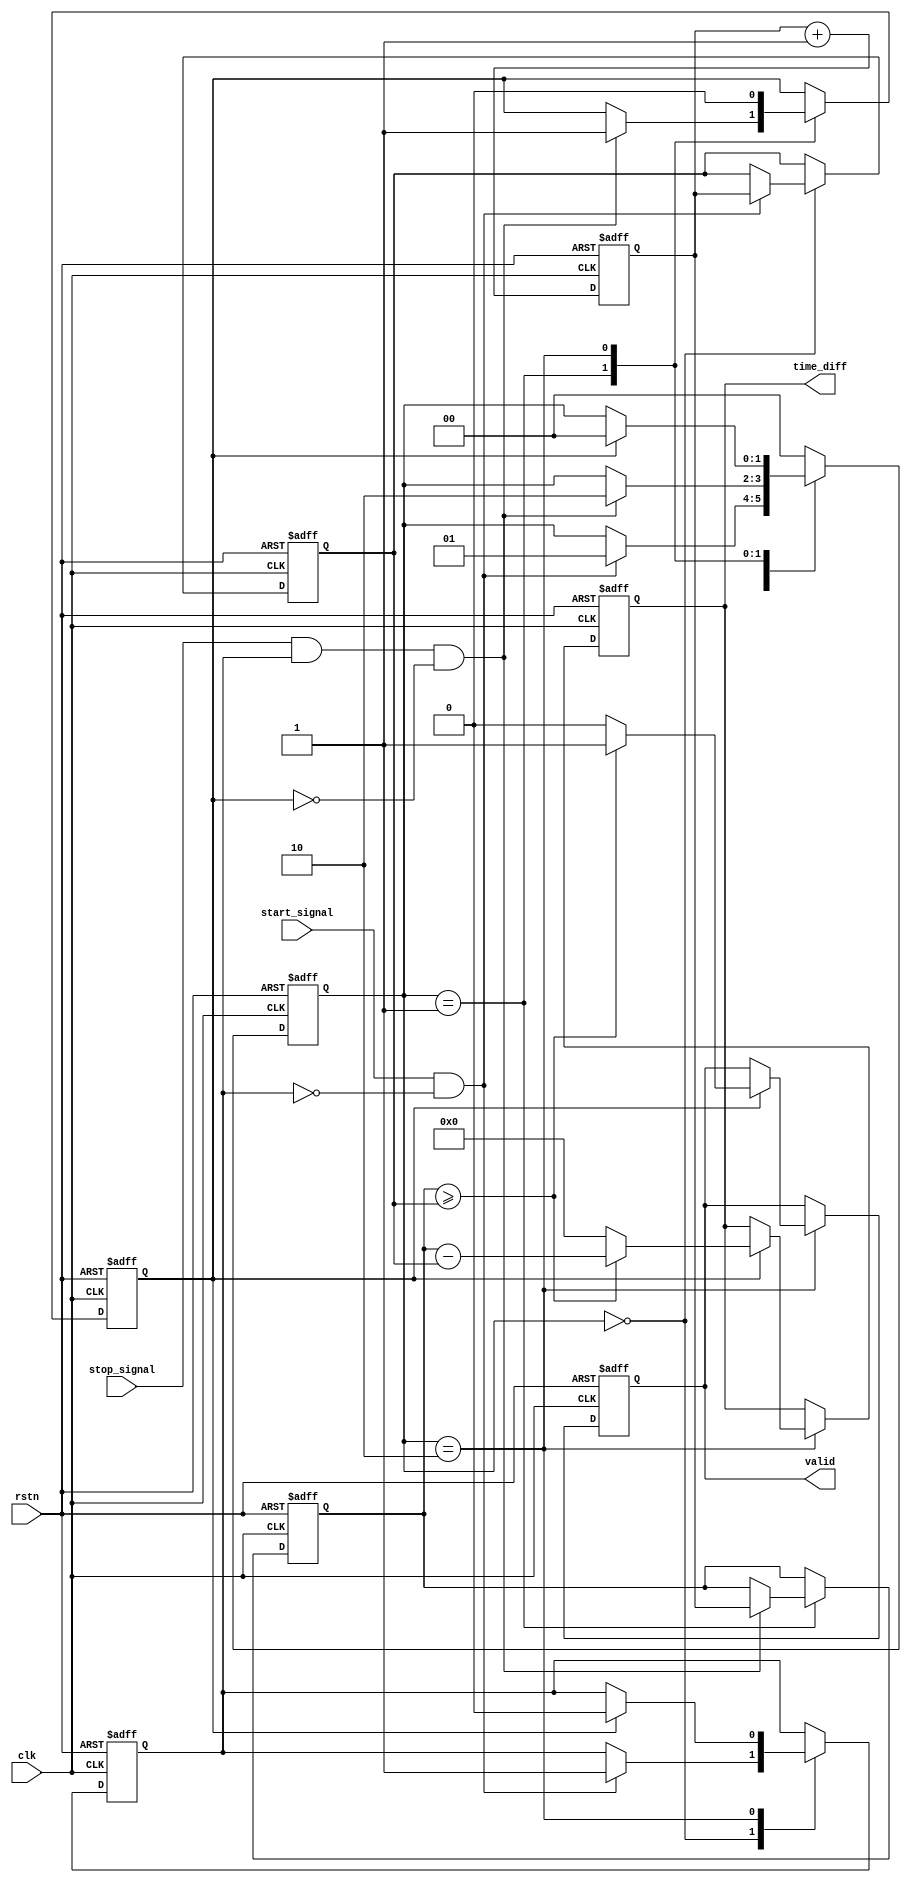
module TDC (
    input wire clk,              // High-frequency clock
    input wire rstn,            // Active low reset
    input wire start_signal,     // Start event signal
    input wire stop_signal,      // Stop event signal
    output reg [31:0] time_diff, // Time difference output
    output reg valid             // Valid output signal
);

// Internal registers
reg [31:0] start_time;          // Timestamp for START
reg [31:0] stop_time;           // Timestamp for STOP
reg start_detected;             // Flag for start detection
reg stop_detected;              // Flag for stop detection
reg [31:0] counter;             // Clock counter

// Event state machine
reg [1:0] state;
localparam IDLE = 2'b00,
           CAPTURE_START = 2'b01,
           CAPTURE_STOP = 2'b10;

// Counter to sample clock
always @(posedge clk or negedge rstn) begin
    if (!rstn) begin
        counter <= 32'b0;
    end else begin
        counter <= counter + 1;
    end
end

// State machine for capturing events
always @(posedge clk or negedge rstn) begin
    if (!rstn) begin
        state <= IDLE;
        valid <= 1'b0;
        time_diff <= 32'b0;
        start_time <= 32'b0;
        stop_time <= 32'b0;
        start_detected <= 1'b0;
        stop_detected <= 1'b0;
    end else begin
        case (state)
            IDLE: begin
                // Wait for a start event
                if (start_signal && !start_detected) begin
                    // Capture start timestamp
                    start_time <= counter;
                    start_detected <= 1'b1;
                    state <= CAPTURE_START;
                end
            end
            
            CAPTURE_START: begin
                // Wait for a stop event after start
                if (stop_signal && start_detected && !stop_detected) begin
                    // Capture stop timestamp
                    stop_time <= counter;
                    stop_detected <= 1'b1;
                    state <= CAPTURE_STOP;
                end
            end
            
            CAPTURE_STOP: begin
                // Calculate time difference
                if (stop_detected) begin
                    // Ensure stop_time >= start_time
                    if (stop_time >= start_time) begin
                        time_diff <= stop_time - start_time;
                        valid <= 1'b1; // Indicate valid result
                    end else begin
                        // Handle underflow (stop before start)
                        time_diff <= 32'b0;
                        valid <= 1'b0; // Indicate invalid result
                    end
                    // Reset detection flags
                    start_detected <= 1'b0;
                    stop_detected <= 1'b0;
                    state <= IDLE; // Return to IDLE state
                end
            end
            
            default: state <= IDLE; // Safety net
        endcase
    end
end

endmodule